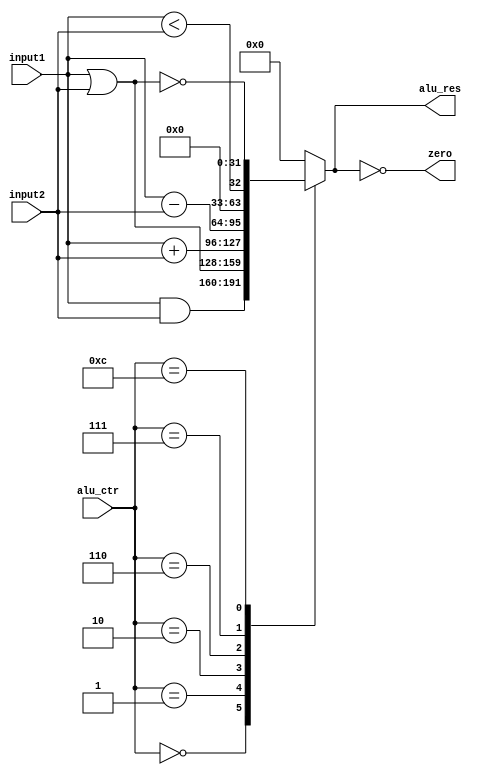
`timescale 1ns / 1ps 
//////////////////////////////////////////////////////////////////////////////////
// Company:
// Engineer:
//
// Design Name:
// Module Name: ALU
// Project Name:
// Target Devices:
// Tool Versions:
// Description:
//
// Dependencies:
//
// Revision:
// Revision 0.01 - File Created
// Additional Comments:
//
//////////////////////////////////////////////////////////////////////////////////


module ALU(input [31: 0] input1,
           input [31: 0] input2,
           input [3: 0] alu_ctr,
           output reg zero,
           output reg [31: 0] alu_res
          );

always @({input1, input2, alu_ctr}) begin
    case (alu_ctr)
        4'b0000:
            alu_res = input1 & input2;  // and
        4'b0001:
            alu_res = input1 | input2;  // or
        4'b0010:
            alu_res = input1 + input2;  // add
        4'b0110:
            alu_res = input1 - input2;  // sub
        4'b0111:
            // set on less than
            alu_res = ($signed(input1) < $signed(input2));
        4'b1100:
            alu_res = ~(input1 | input2);   // nor
        default:
            alu_res = 0;
    endcase
    zero = (alu_res == 0);
end

endmodule